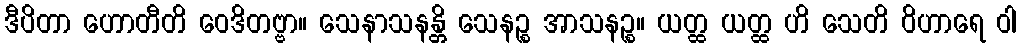
ဒီပိတာ ဟောတီတိ ဝေဒိတဗ္ဗာ။ သေနာသနန္တိ သေနဉ္စ အာသနဉ္စ။ ယတ္ထ ယတ္ထ ဟိ သေတိ ဝိဟာရေ ဝါ